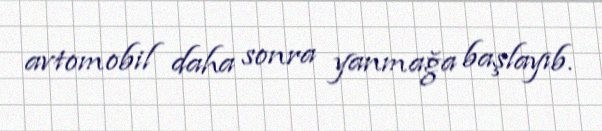
avtomobil daha sonra yanmağa başlayıb.